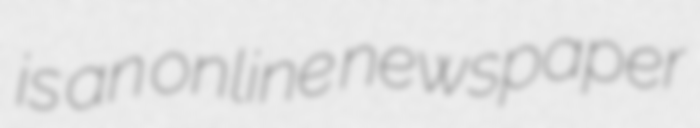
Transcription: is an online newspaper